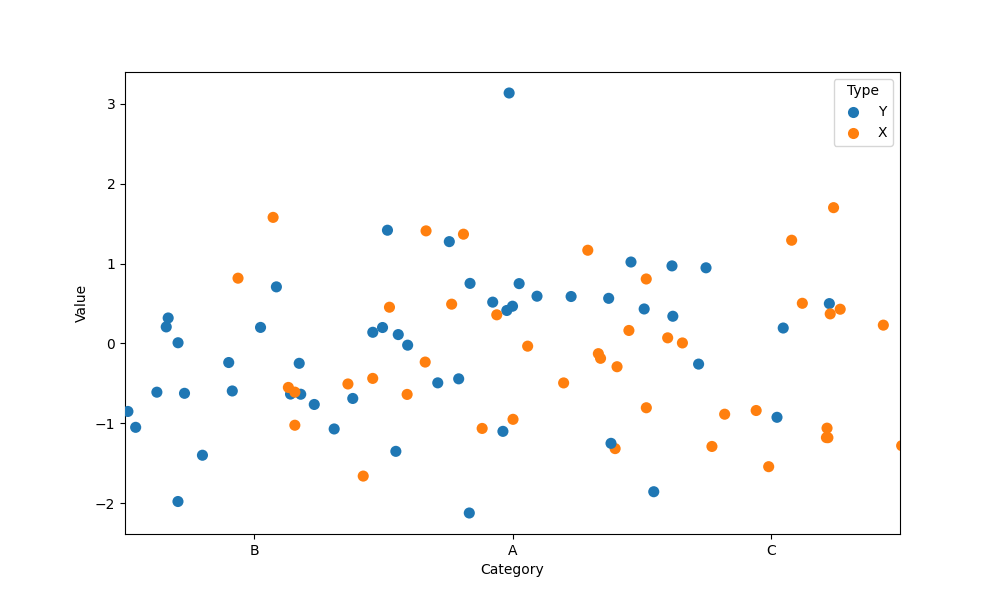
python, seaborn, stripplot, jitter=True, dodge=True, alpha=1.0, size=8